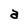
Character: a